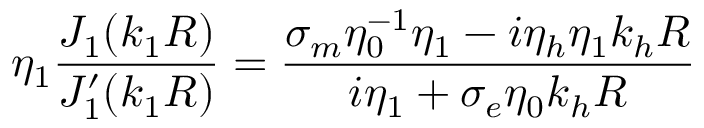
\eta _ { 1 } \frac { J _ { 1 } ( k _ { 1 } R ) } { J _ { 1 } ^ { \prime } ( k _ { 1 } R ) } = \frac { \sigma _ { m } \eta _ { 0 } ^ { - 1 } \eta _ { 1 } - i \eta _ { h } \eta _ { 1 } k _ { h } R } { i \eta _ { 1 } + \sigma _ { e } \eta _ { 0 } k _ { h } R }